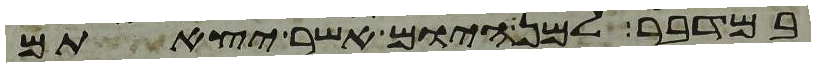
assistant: במדבר למן היום אשר יצאתם